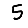
Digit: 5